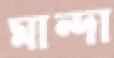
মান্দা